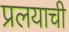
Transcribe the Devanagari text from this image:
प्रलयाची